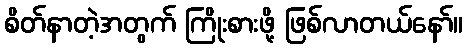
စိတ်နာတဲ့အတွက် ကြိုးစားဖို့ ဖြစ်လာတယ်နော်။